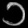
Digit: ၁